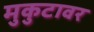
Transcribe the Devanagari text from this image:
मुकुटावर